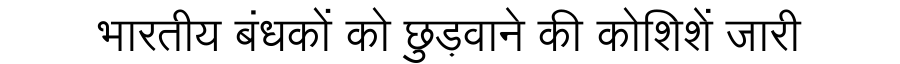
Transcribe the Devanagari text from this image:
भारतीय बंधकों को छुड़वाने की कोशिशें जारी